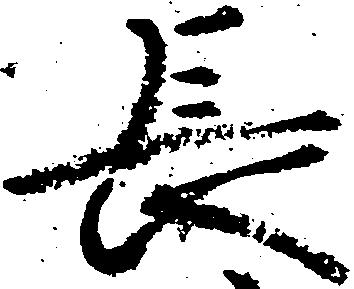
長